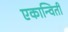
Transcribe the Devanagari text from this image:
एकान्विती